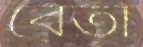
বেতা